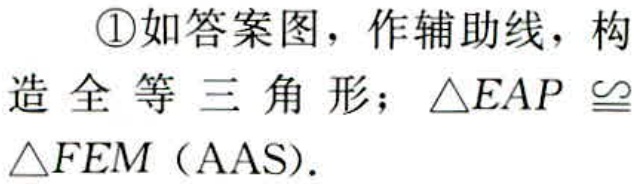
\textcircled{1}如答案图，作辅助线，构造全等三角形；\(\triangle EAP\cong\triangle FEM\)（AAS）.